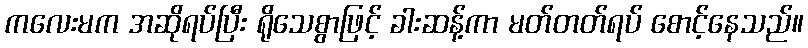
ကလေးမက အဆိုရပ်ပြီး ရိုသေစွာဖြင့် ခါးဆန့်ကာ မတ်တတ်ရပ် စောင့်နေသည်။